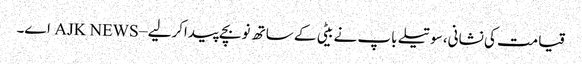
قیامت کی نشانی،سوتیلے باپ نے بیٹی کے ساتھ نوبچے پیداکرلیے – AJK NEWS اے۔